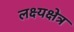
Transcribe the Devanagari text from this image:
लक्ष्यक्षेत्र